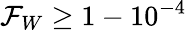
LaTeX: \mathcal{F}_{W}\geq 1-10^{-4}